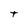
Character: t